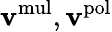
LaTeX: \mathbf{v}^{\mathrm{{mul}}},\mathbf{v}^{\mathrm{{pol}}}